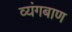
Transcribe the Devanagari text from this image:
व्यंगबाण